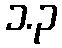
၁.၃